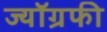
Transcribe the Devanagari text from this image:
ज्यॉग्रफी